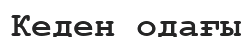
Кеден одағы